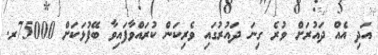
އަދި އެއް ދައުރަށް ވުރެ ގިނަ ދައުރުގައި ވެރިކަން ކުރައްވާފައިވާ ބޭފުޅަކަށް 75000ރ.